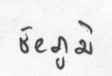
ชัยภูมิ